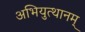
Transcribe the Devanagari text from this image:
अभियुत्थानम्